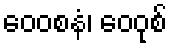
ဝေဝစနံ၊ ဝေဝုစ်